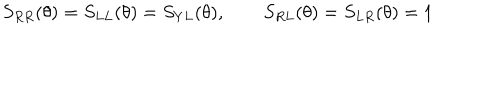
LaTeX: S _ { R R } ( \theta ) = S _ { L L } ( \theta ) = S _ { Y L } ( \theta ) , \qquad S _ { R L } ( \theta ) = S _ { L R } ( \theta ) = 1